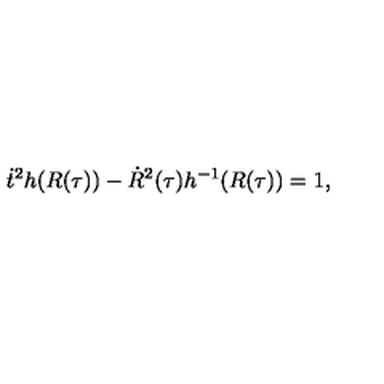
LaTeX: \dot { t } ^ { 2 } h ( R ( \tau ) ) - \dot { R } ^ { 2 } ( \tau ) h ^ { - 1 } ( R ( \tau ) ) = 1 ,